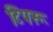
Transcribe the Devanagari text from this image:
टिपरू